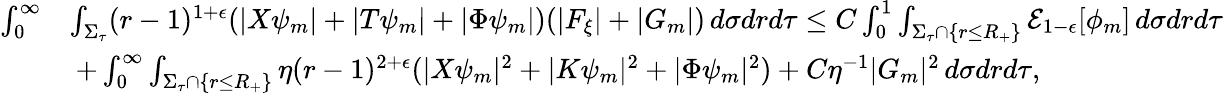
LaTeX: \begin{array}{rl}{\int_{0}^{\infty}}&{\int_{\Sigma_{\tau}}(r-1)^{1+\epsilon}(|X\psi_{m}|+|T\psi_{m}|+|\Phi\psi_{m}|)(|F_{\xi}|+|G_{m}|)\, d\sigma drd\tau\leq C\int_{0}^{1}\int_{\Sigma_{\tau}\cap\{ r\leq R_{+}\} }\mathcal{E}_{1-\epsilon}[\phi_{m}]\, d\sigma drd\tau}\\ &{\: +\int_{0}^{\infty}\int_{\Sigma_{\tau}\cap\{ r\leq R_{+}\} }\eta(r-1)^{2+\epsilon}(|X\psi_{m}|^{2}+|K\psi_{m}|^{2}+|\Phi\psi_{m}|^{2})+C\eta^{-1}|G_{m}|^{2}\, d\sigma drd\tau,}\end{array}